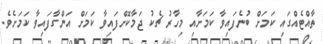
ތާއްޓެއްގައި ކަމަށް ބުނެފައިވާ ކަމަށާއި މިހާރު ޗެކު ޖަމާކޮށްފައިވާ ކަމަށް އަންގާފައިވާ ކަމަށެވެ.